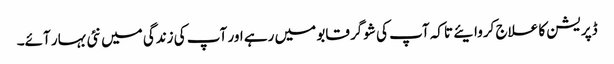
ڈپریشن کا علاج کروایئے تاکہ آپ کی شوگر قابو میں رہے اور آپ کی زندگی میں نئی بہار آئے۔